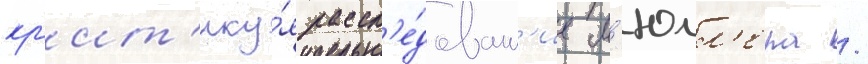
кр'ит'ику́я рассл'е́дован'ие м'юлл'ера /